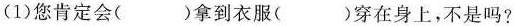
(1)您肯定会( )拿到衣服( )穿在身上，不是吗?